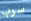
سرب